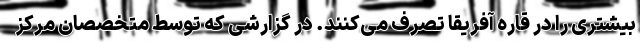
بیشتری را در قاره آفریقا تصرف می‌کنند. در گزارشی که توسط متخصصان مرکز